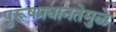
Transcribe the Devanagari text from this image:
पुरूषप्रधानतेमुळे